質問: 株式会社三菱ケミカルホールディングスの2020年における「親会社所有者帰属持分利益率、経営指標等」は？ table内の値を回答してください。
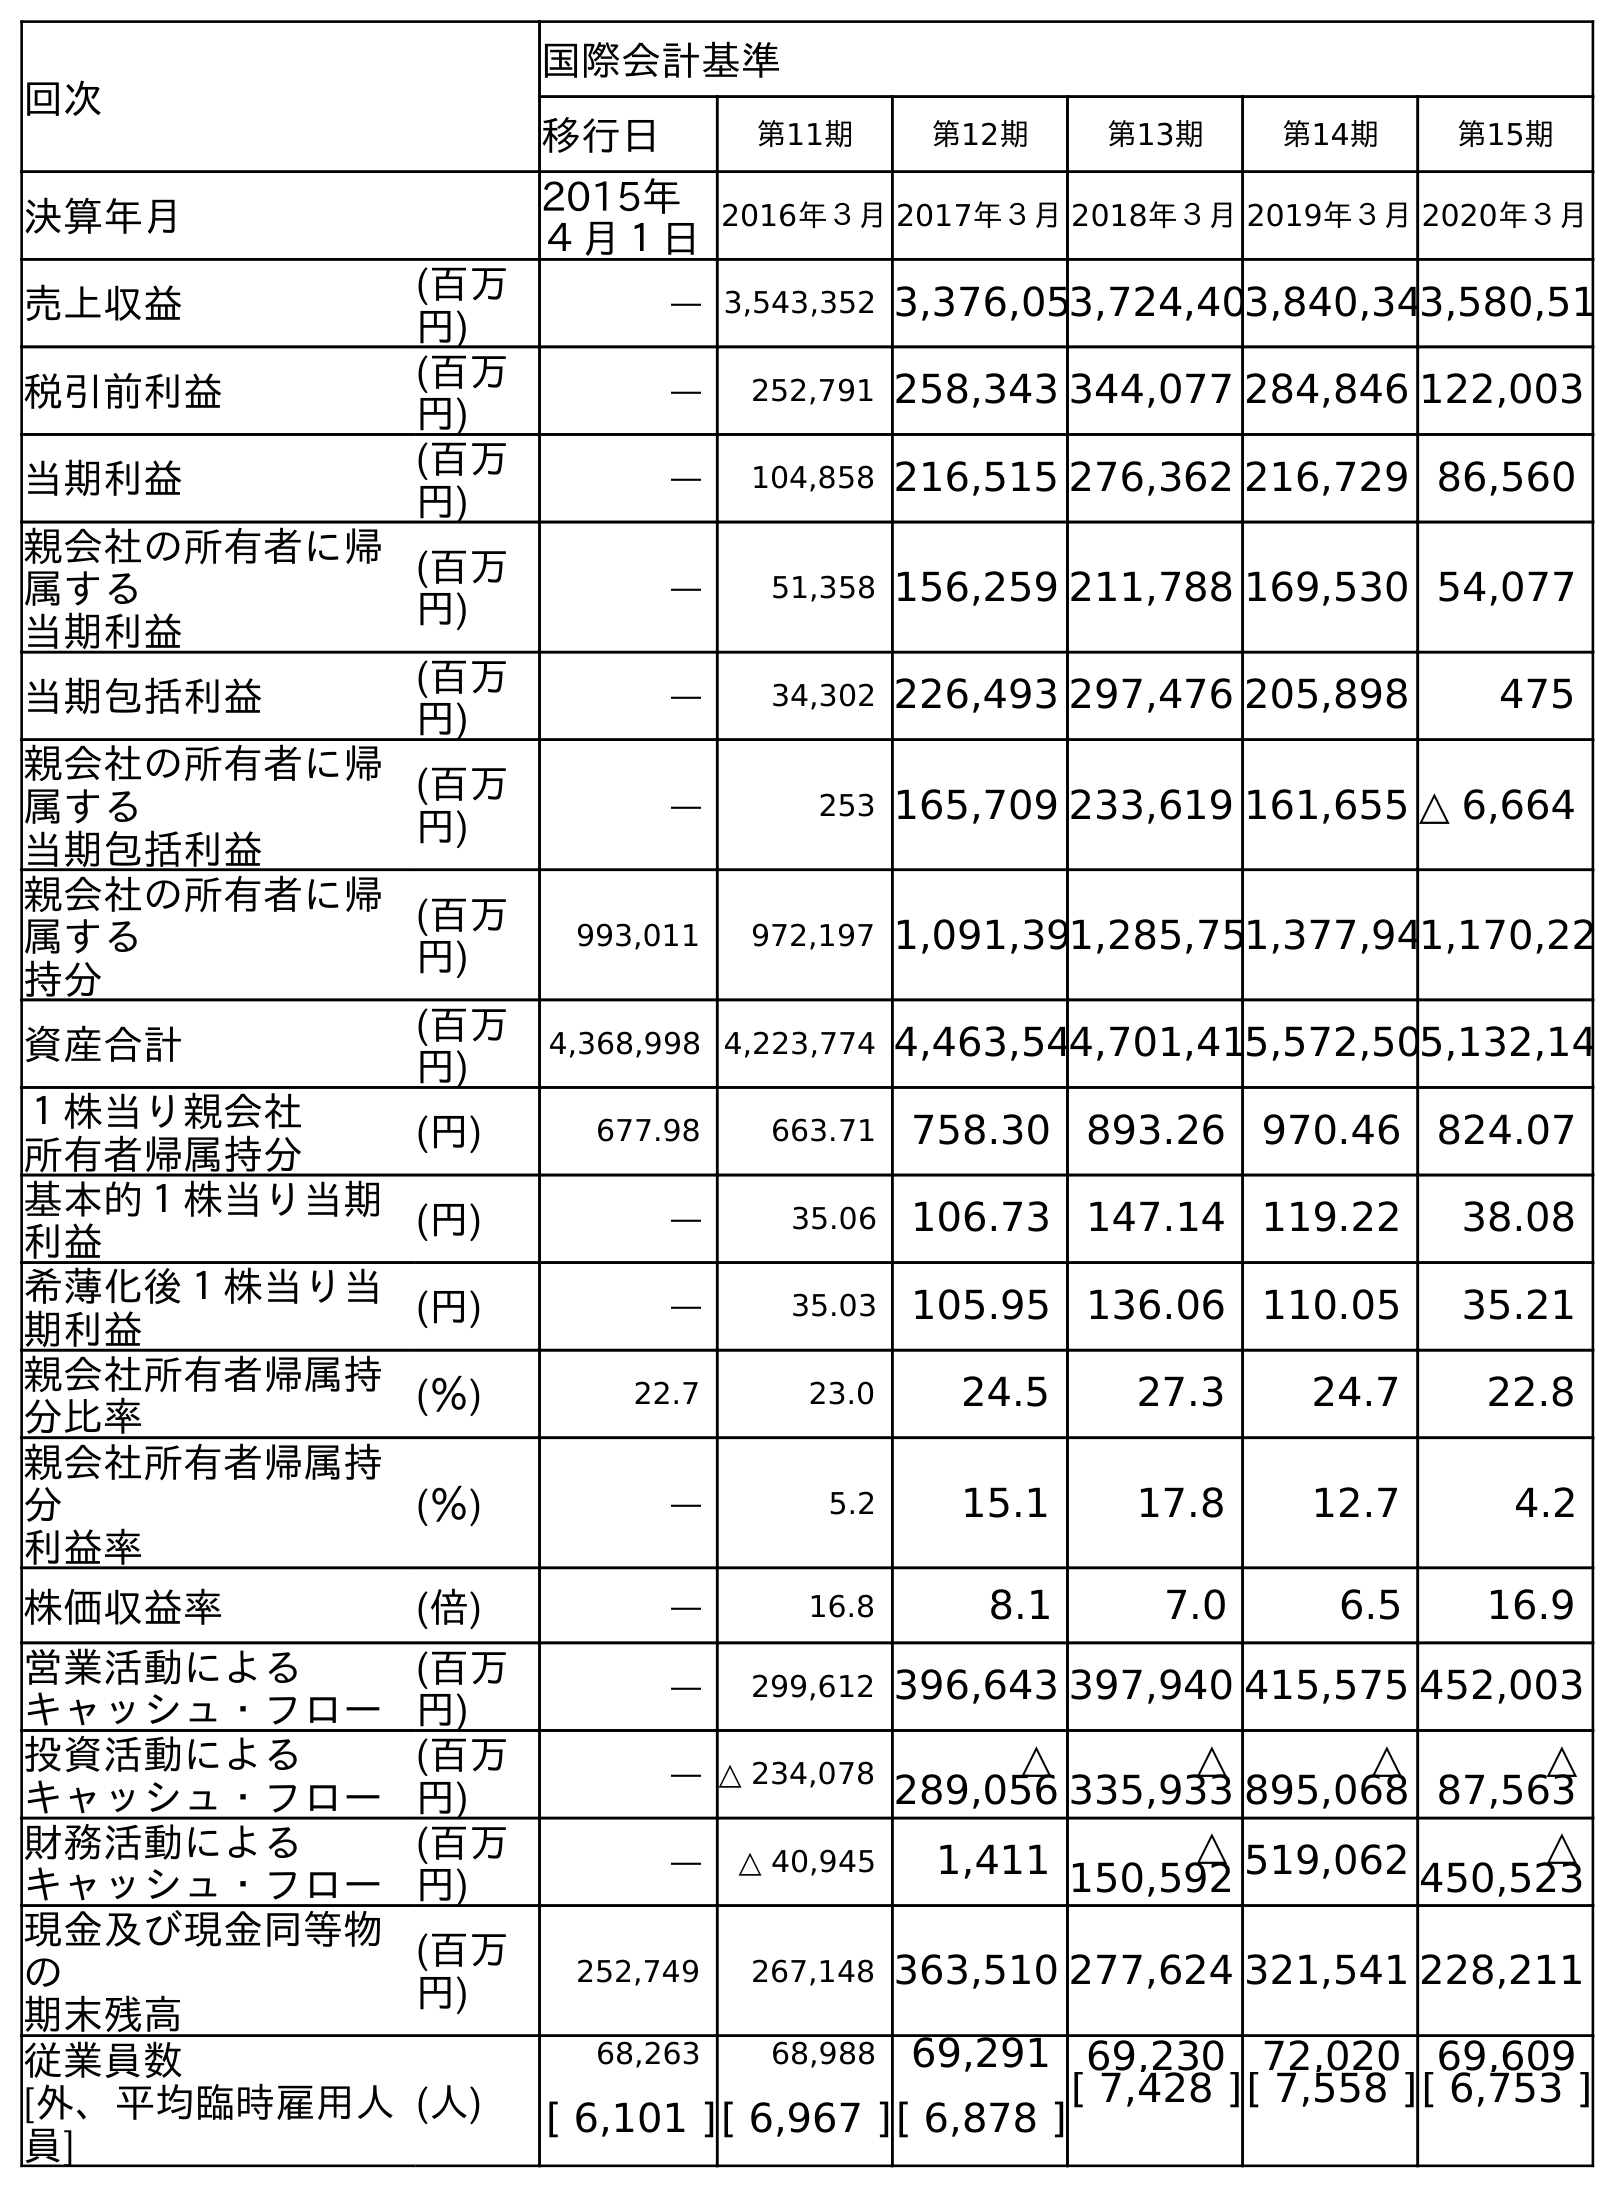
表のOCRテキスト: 回次 国際会計基準 移行日 第11期 第12期 第13期 第14期 第15期 決算年月 2015年 ４月１日 2016年３月2017年３月2018年３月2019年３月2020年３月 売上収益 (百万 円) ― 3,543,352 3,376,053,724,403,840,343,580,51 税引前利益 (百万 円) ― 252,791 258,343 344,077 284,846 122,003 当期利益 (百万 円) ― 104,858 216,515 276,362 216,729 86,560 親会社の所有者に帰 属する 当期利益 (百万 円) ― 51,358 156,259 211,788 169,530 54,077 当期包括利益 (百万 円) ― 34,302 226,493 297,476 205,898 475 親会社の所有者に帰 属する 当期包括利益 (百万 円) ― 253 165,709 233,619 161,655 △ 6,664 親会社の所有者に帰 属する 持分 (百万 円) 993,011 972,197 1,091,391,285,751,377,941,170,22 資産合計 (百万 円) 4,368,998 4,223,774 4,463,544,701,415,572,505,132,14 １株当り親会社 所有者帰属持分 (円) 677.98 663.71 758.30 893.26 970.46 824.07 基本的１株当り当期 利益 (円) ― 35.06 106.73 147.14 119.22 38.08 希薄化後１株当り当 期利益 (円) ― 35.03 105.95 136.06 110.05 35.21 親会社所有者帰属持 分比率 (％) 22.7 23.0 24.5 27.3 24.7 22.8 親会社所有者帰属持 分 利益率 (％) ― 5.2 15.1 17.8 12.7 4.2 株価収益率 (倍) ― 16.8 8.1 7.0 6.5 16.9 営業活動による キャッシュ・フロー (百万 円) ― 299,612 396,643 397,940 415,575 452,003 投資活動による キャッシュ・フロー (百万 円) ― △ 234,078 △ 289,056 △ 335,933 △ 895,068 △ 87,563 財務活動による キャッシュ・フロー (百万 円) ― △ 40,945 1,411 △ 150,592 519,062 △ 450,523 現金及び現金同等物 の 期末残高 (百万 円) 252,749 267,148 363,510 277,624 321,541 228,211 従業員数 [外、平均臨時雇用人 員] (人) 68,263 68,988 69,291 69,230 72,020 69,609 [ 6,101 ][ 6,967 ][ 6,878 ][ 7,428 ][ 7,558 ][ 6,753 ]
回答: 4.2